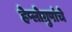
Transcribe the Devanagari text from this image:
हेप्लोग्रुपांचे